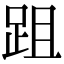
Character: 跙